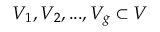
V _ { 1 } , V _ { 2 } , . . . , V _ { g } \subset V